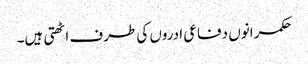
حکمرانوں دفاعی ادروں کی طرف اٹھتی ہیں۔